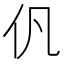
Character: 𠆩